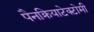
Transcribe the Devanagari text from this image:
पैनक्रियाटेक्टोमी